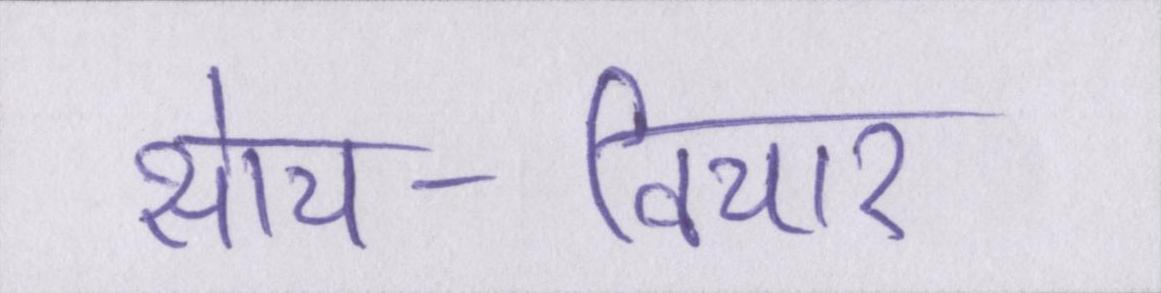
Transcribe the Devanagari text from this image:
सोच-विचार